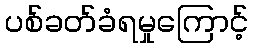
ပစ်ခတ်ခံရမှုကြောင့်